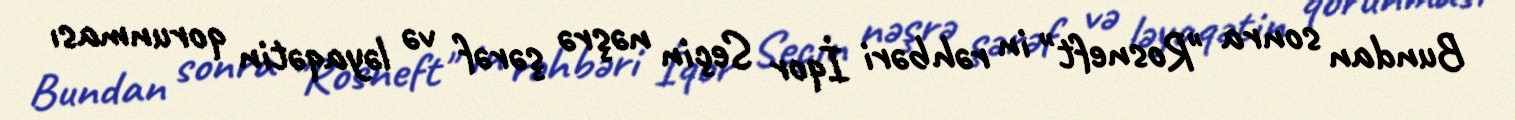
Bundan sonra "Rosneft" in rəhbəri İqor Seçin nəşrə şərəf və ləyaqətin qorunması